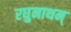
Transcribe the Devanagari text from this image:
रघुनाथन्